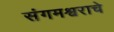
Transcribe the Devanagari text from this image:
संगमश्वराचे